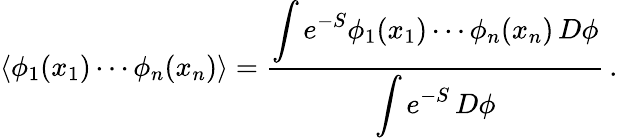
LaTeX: \left\langle\phi_{1}(x_{1})\cdots\phi_{n}(x_{n})\right\rangle={\frac{\displaystyle\int e^{-S}\phi_{1}(x_{1})\cdots\phi_{n}(x_{n})\, D\phi}{\displaystyle\int e^{-S}\, D\phi}}\, .